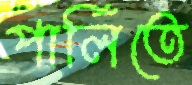
পার্লিতে